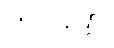
သိရပါတယ်။